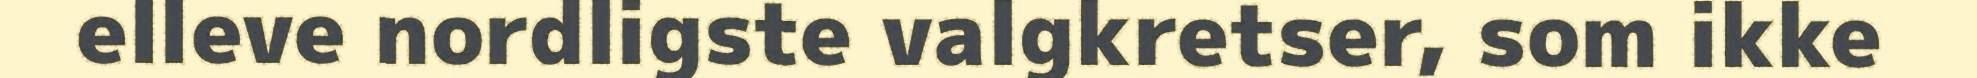
elleve nordligste valgkretser, som ikke